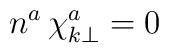
n^a \, \chi^a_{k \bot} = 0